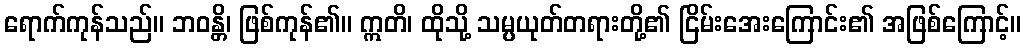
ရောက်ကုန်သည်။ ဘဝန္တိ၊ ဖြစ်ကုန်၏။ ဣတိ၊ ထိုသို့ သမ္ပယုတ်တရားတို့၏ ငြိမ်းအေးကြောင်း၏ အဖြစ်ကြောင့်။